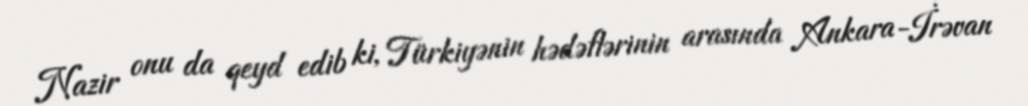
Nazir onu da qeyd edib ki, Türkiyənin hədəflərinin arasında Ankara-İrəvan